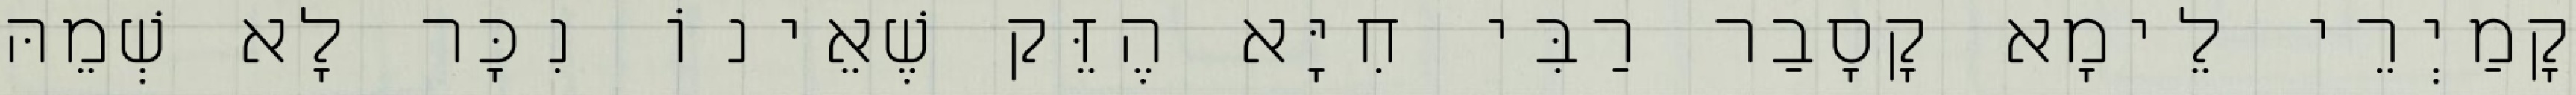
קָמַיְרֵי לֵימָא קָסָבַר רַבִּי חִיָּא הֶזֵּק שֶׁאֵינוֹ נִכָּר לָא שְׁמֵהּ